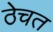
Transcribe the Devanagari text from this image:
ठेचत